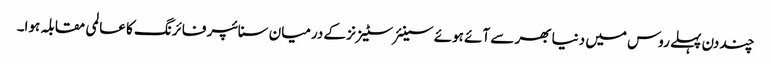
چند دن پہلے روس میں دنیا بھر سے آئے ہوئے سینئر سٹیزنز کے درمیان سنائپر فائرنگ کا عالمی مقابلہ ہوا۔